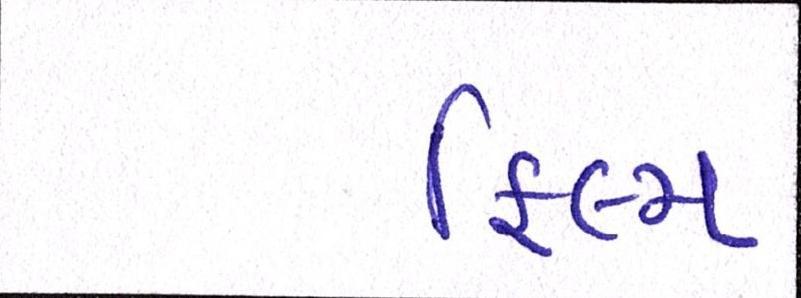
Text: ફિલ્મ